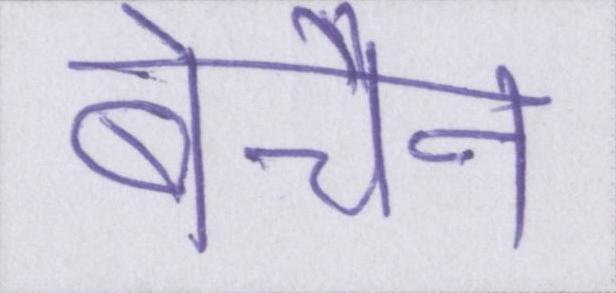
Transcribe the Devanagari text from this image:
बेचैन